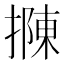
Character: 𢴟